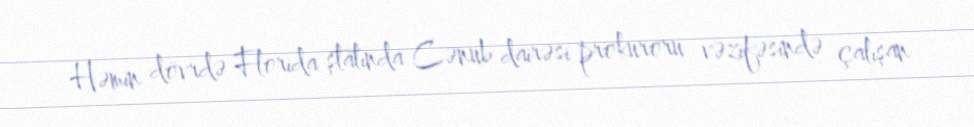
Həmin dövrdə Florida ştatında Cənub dairəsi prokuroru vəzifəsində çalışan